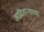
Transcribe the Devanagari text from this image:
आदिताऱ्याच्या